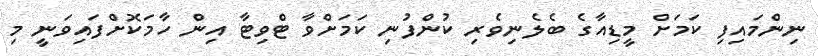
ނިންމައިފި ކަމަށް މީޑިއާގެ ބެލެނިވެރި ކުންފުނި ކަމަށްވާ ޓްވިިޓާ އިން ހާމަކޮށްފައިވަނީ މި